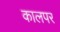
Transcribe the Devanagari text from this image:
कालपर